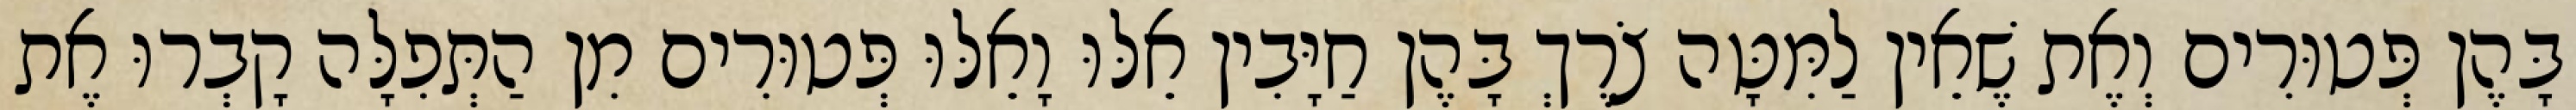
בָּהֶן פְּטוּרִים וְאֶת שֶׁאֵין לַמִּטָּה צֹרֶךְ בָּהֶן חַיָּבִין אֵלּוּ וָאֵלּוּ פְּטוּרִים מִן הַתְּפִלָּה קָבְרוּ אֶת